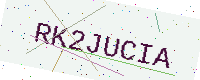
Text: RK2JUCIA